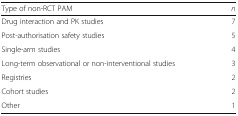
<table><thead><tr><td><b>Type of non-RCT PAM</b></td><td><b><i>n</i></b></td></tr></thead><tbody><tr><td>Drug interaction and PK studies</td><td>7</td></tr><tr><td>Post-authorisation safety studies</td><td>5</td></tr><tr><td>Single-arm studies</td><td>4</td></tr><tr><td>Long-term observational or non-interventional studies</td><td>3</td></tr><tr><td>Registries</td><td>2</td></tr><tr><td>Cohort studies</td><td>2</td></tr><tr><td>Other</td><td>1</td></tr></tbody></table>